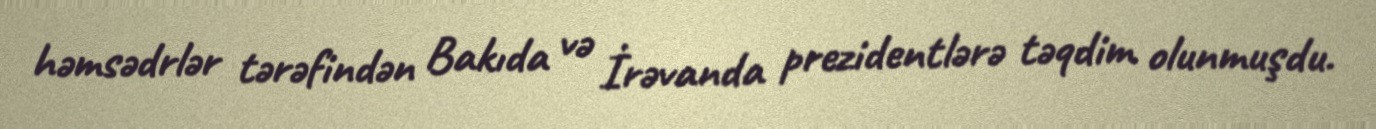
həmsədrlər tərəfindən Bakıda və İrəvanda prezidentlərə təqdim olunmuşdu.